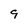
Character: 9